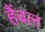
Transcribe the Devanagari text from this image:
हैंबल